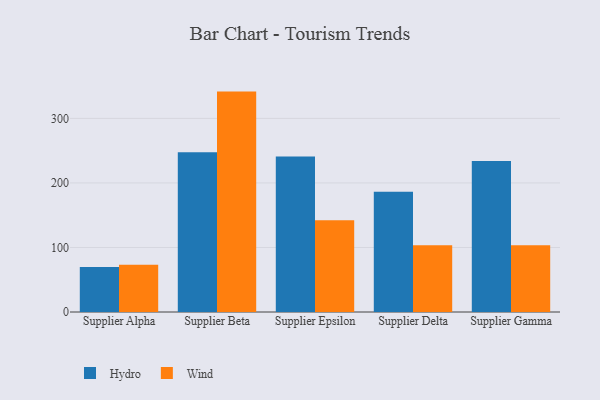
{"axis": {"x": "Supplier", "y": "Page Views"}, "legend": ["Hydro", "Wind"], "data": [{"x": "Supplier Alpha", "y": 69.7, "type": "Hydro"}, {"x": "Supplier Alpha", "y": 73.3, "type": "Wind"}, {"x": "Supplier Beta", "y": 247.6, "type": "Hydro"}, {"x": "Supplier Beta", "y": 341.5, "type": "Wind"}, {"x": "Supplier Epsilon", "y": 240.8, "type": "Hydro"}, {"x": "Supplier Epsilon", "y": 142.3, "type": "Wind"}, {"x": "Supplier Delta", "y": 186.2, "type": "Hydro"}, {"x": "Supplier Delta", "y": 103.5, "type": "Wind"}, {"x": "Supplier Gamma", "y": 234.0, "type": "Hydro"}, {"x": "Supplier Gamma", "y": 103.5, "type": "Wind"}]}